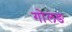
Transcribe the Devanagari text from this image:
गोलङ